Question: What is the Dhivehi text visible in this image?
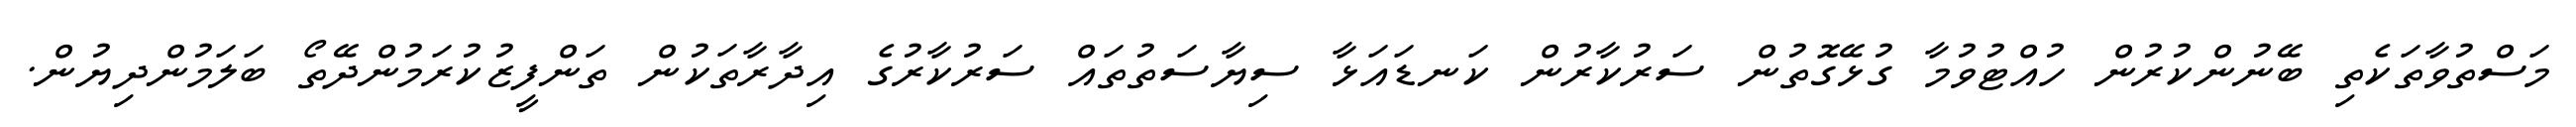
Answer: މަސްތުވާތަކެތި ބޭނުންކުރުން ހުއްޓުވުމާ ގުޅޭގޮތުން ސަރުކާރުން ކަނޑައަޅާ ސިޔާސަތުތައް ސަރުކާރުގެ އިދާރާތަކުން ތަންފީޒުކުރަމުންދޭތޯ ބަލަމުންދިޔުން.